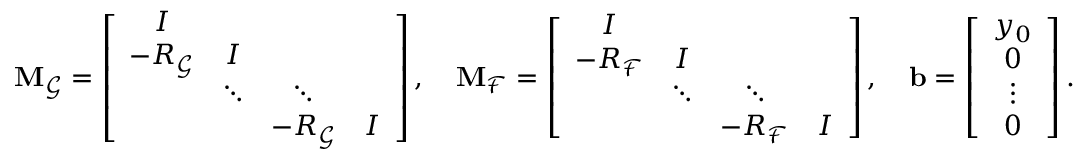
\begin{array} { r } { \mathbf { M } _ { \mathcal { G } } = \left[ \begin{array} { c c c c } { I } \\ { - R _ { \mathcal { G } } } & { I } \\ & { \ddots } & { \ddots } \\ & & { - R _ { \mathcal { G } } } & { I } \end{array} \right] , \quad \mathbf { M } _ { \mathcal { F } } = \left[ \begin{array} { c c c c } { I } \\ { - R _ { \mathcal { F } } } & { I } \\ & { \ddots } & { \ddots } \\ & & { - R _ { \mathcal { F } } } & { I } \end{array} \right] , \quad \mathbf { b } = \left[ \begin{array} { c } { y _ { 0 } } \\ { 0 } \\ { \vdots } \\ { 0 } \end{array} \right] . } \end{array}